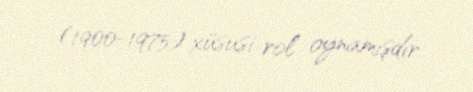
(1900-1975) xüsusi rol oynamışdır.